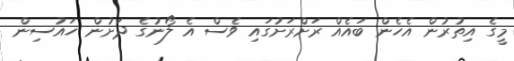
މީގެ އިތުރުން އެހެން ބައެއް ރަށްރަށުގައި ވެސް އެ ލޯނުގެ ދަށުން ހައުސިން